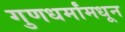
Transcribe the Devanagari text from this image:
गुणधर्मांमधून